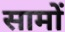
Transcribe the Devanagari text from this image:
सामों